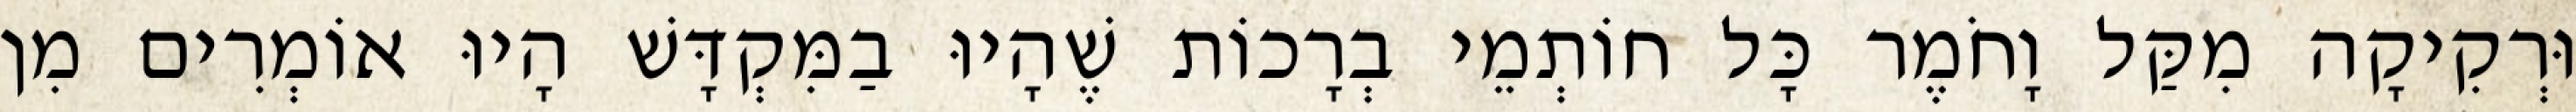
וּרְקִיקָה מִקַּל וָחֹמֶר כָּל חוֹתְמֵי בְרָכוֹת שֶׁהָיוּ בַמִּקְדָּשׁ הָיוּ אוֹמְרִים מִן